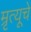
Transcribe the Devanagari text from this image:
म्रृत्यूचे